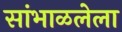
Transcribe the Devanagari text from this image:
सांभाळलेला